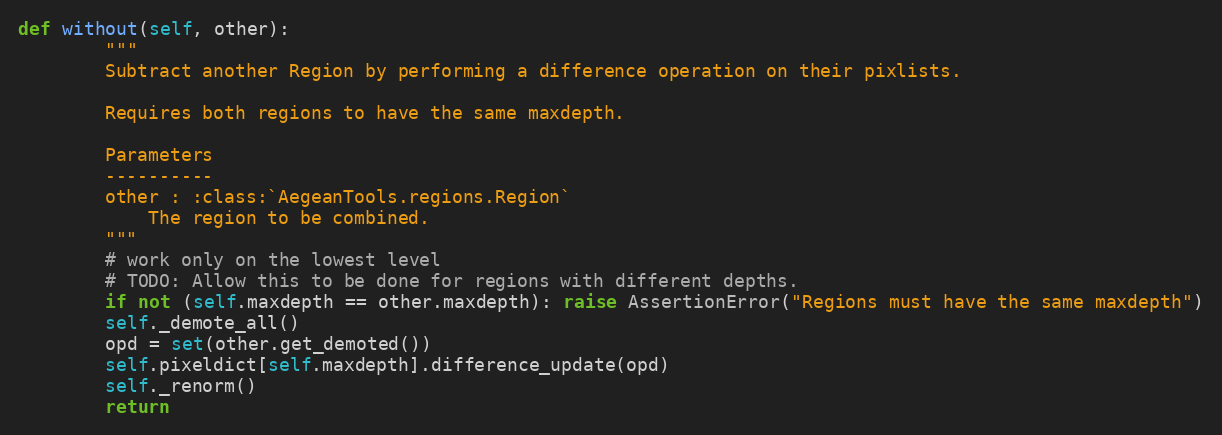
Language: Python
def without(self, other):
        """
        Subtract another Region by performing a difference operation on their pixlists.

        Requires both regions to have the same maxdepth.

        Parameters
        ----------
        other : :class:`AegeanTools.regions.Region`
            The region to be combined.
        """
        # work only on the lowest level
        # TODO: Allow this to be done for regions with different depths.
        if not (self.maxdepth == other.maxdepth): raise AssertionError("Regions must have the same maxdepth")
        self._demote_all()
        opd = set(other.get_demoted())
        self.pixeldict[self.maxdepth].difference_update(opd)
        self._renorm()
        return